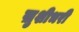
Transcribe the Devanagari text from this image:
ख़ुशीभरी